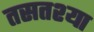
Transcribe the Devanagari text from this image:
तसतश्या